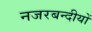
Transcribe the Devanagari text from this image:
नजरबन्दीयों